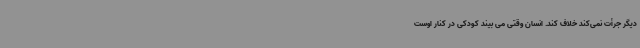
دیگر جرأت نمی‌کند خلاف کند. انسان وقتی می بیند کودکی در کنار اوست